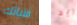
فتياتك ريد